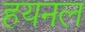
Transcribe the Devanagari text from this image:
हयनल